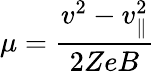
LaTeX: \mu=\frac{v^{2}-v_{\parallel}^{2}}{2ZeB}